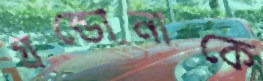
গ্রন্ডোনাকে